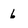
Character: 6